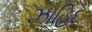
ઝાહિદ